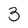
Character: 3